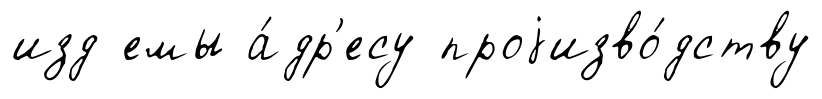
изд емы а́др'есу проjизво́дству